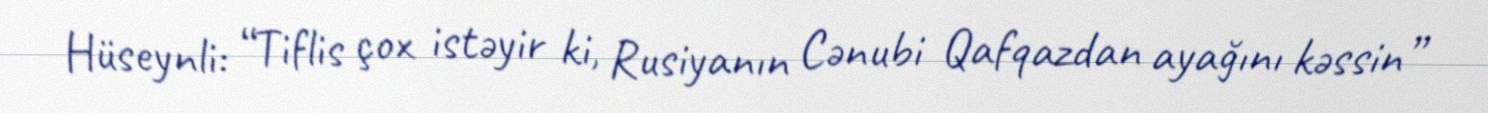
Hüseynli: “Tiflis çox istəyir ki, Rusiyanın Cənubi Qafqazdan ayağını kəssin”